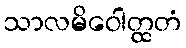
သာလမိဝေါတ္ထတံ